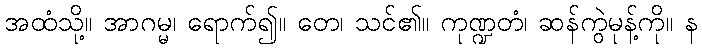
အထံသို့။ အာဂမ္မ၊ ရောက်၍။ တေ၊ သင်၏။ ကုဏ္ဍတံ၊ ဆန်ကွဲမုန့်ကို။ န